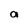
Character: a